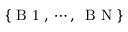
\{ \mathrm { ~ B ~ 1 ~ } , \, \cdots , \, \mathrm { ~ B ~ N ~ } \}